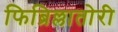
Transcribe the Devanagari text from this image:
फिब्रिल्लातोरी